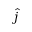
\hat { j }